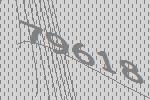
79618